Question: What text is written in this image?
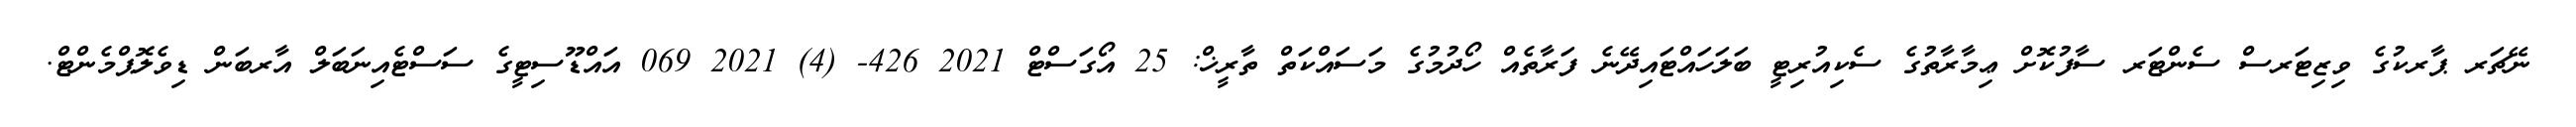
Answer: ނޭޗަރ ޕާރކުގެ ވިޒިޓަރސް ސެންޓަރ ސާފުކޮށް ޢިމާރާތުގެ ސެކިއުރިޓީ ބަލަހައްޓައިދޭނެ ފަރާތެއް ހޯދުމުގެ މަސައްކަތް ތާރީޚް: 25 އޯގަސްޓް 2021 426- (4) 2021 069 އައްޑޫސިޓީގެ ސަސްޓެއިނަބަލް އާރބަން ޑިވެލޮޕްމެންޓް.